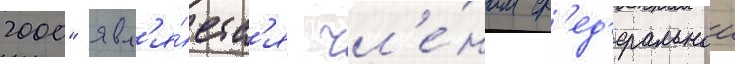
2000" явл'я́етс'я чл'е́ном ф'ед'еральнои